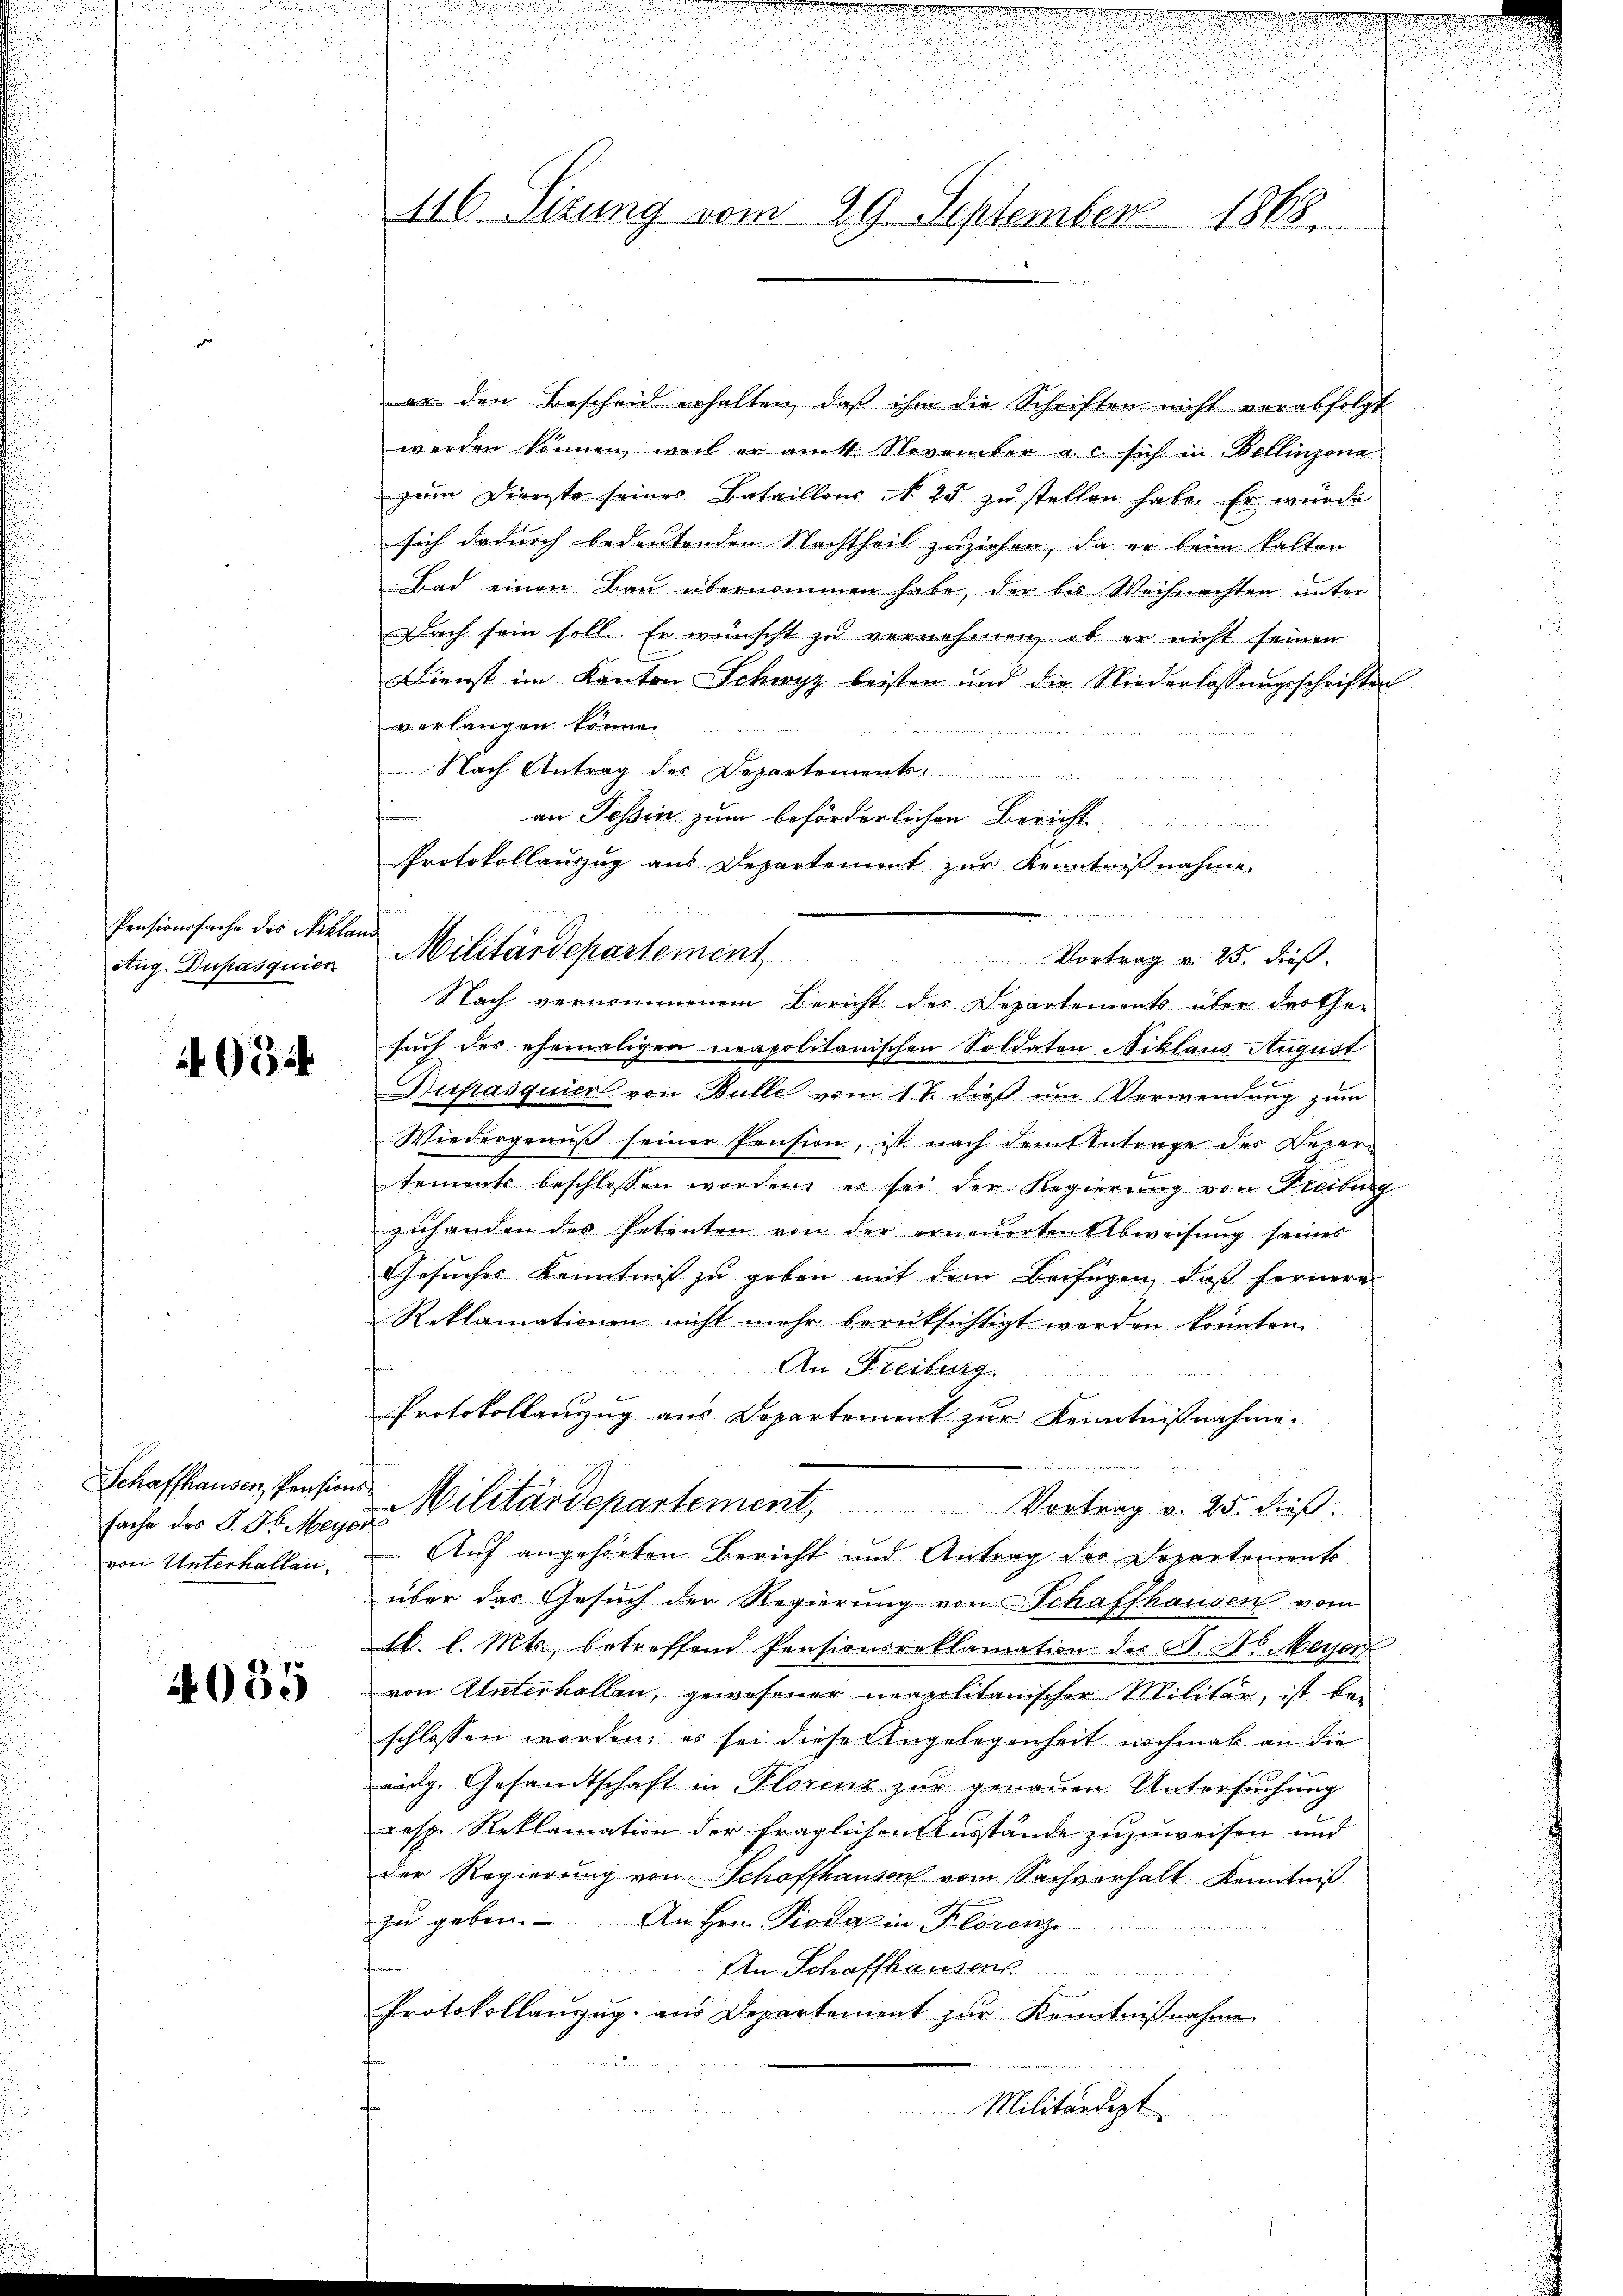
Pensionssache des Niklaus
Aug. Dupasquien

4034

Schaffhausen, Pensions-
von Unterhallen.

4035

er den Bescheid erhalten, daß ihm die Schriften nicht verabfolgt
werden können, weil er am 4 November a. c. sich in Bellinzona
zum Directe seines Bataillons N. 25 zu stellen habe. Er würde
sich dadurch bedeutenden Nachtheil zuziehen, da er beim kalten
Bad einen Bau übernommen habe, der bis Weihnachten unter
Dach sein soll. Er wünscht zu vernehmen, ob er nicht seinen
Dienst im Kanton Schwyz leisten und die Niederlassŭngsschriften
verlangen können
 Nach Antrag des Departement
an Tessin zum beförderlichen Bericht
Protokollauszug aus Departement zur Kenntnißnahme.
Militärdepartement Vortrag u. 25. dieβ.
Nach vernommenem Bericht des Departements über der Gesuch des ehemaligen neapolitanischen Soldaten Niklaus August
2
Dupasquier von Bulle vom 1 t dieß um Verwendung zum
Wiedergenuß seiner Pension, ist nach dem Antrage des Deper-
tements beschlossen worden, er sei der Regierŭng von Freiburg
zuhanden des Petenten von der erneuerten Abweisung seines
Gesuches Kenntniß zu geben mit dem Beifügen, daß fernere
Reklamationen nicht mehr berüksichtigt worden könnten.
An Freiburg
Protokollanzug aus Departement zur Kenntnißnahme.
sache des L. Oberen Militärdepartement, Vortrag v. 25. dieβ.
Auf angehörten Bericht und Antrag der Departements
über das Gesuch der Regierung von Schaffhausen vom
k. l. Mts., betreffend Pensionsreklamation der A. H. Meyer
von Unterhallen, gewesener neapolitanischer Militär, ist bei
schlossen worden; es sei diese Angelegenheit nochmal an die
eidg. Gesandtschaft in Plorenz zur genauen Untersuchung
resp. Reklamation der fraglichen Ausstände zuzuweisen und
der Regierung von Schaffhausen von Sachverhalt Kenntniß
zu geben. An Hrn. Pioda in Florenze
An Schaffhausen
ement
Protokollanzŭg aŭs Departement zŭr Kenntniβnahmen
Militärdept

116. Sizung vom 29. September 1868

a      2

.